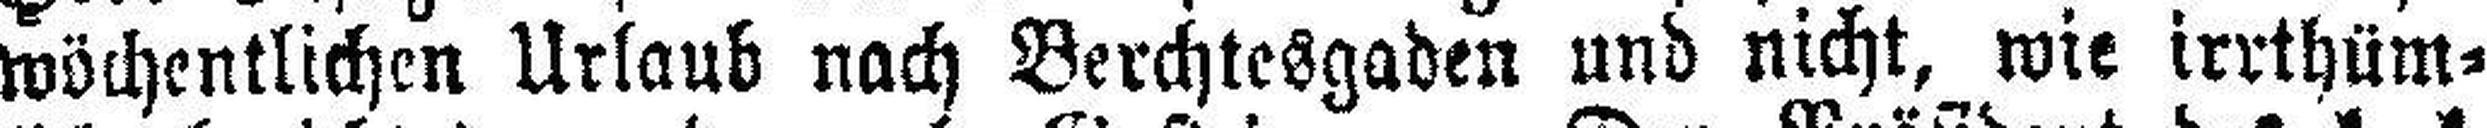
wöchentlichen Urlaub nach Berchtesgaden und nicht, wie irrthüm¬